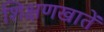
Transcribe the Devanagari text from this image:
शिक्षणखातें